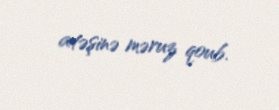
atəşinə məruz qoub.